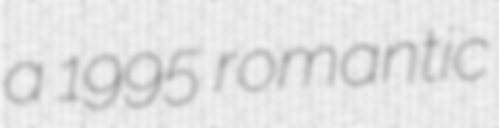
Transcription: a 1995 romantic